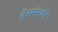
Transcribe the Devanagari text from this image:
हेरसंस्थेने